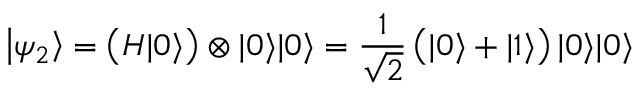
\left| \psi _ { 2 } \right\rangle = \left( H | 0 \rangle \right) \otimes | 0 \rangle | 0 \rangle = \frac { 1 } { \sqrt { 2 } } \left( | 0 \rangle + | 1 \rangle \right) | 0 \rangle | 0 \rangle